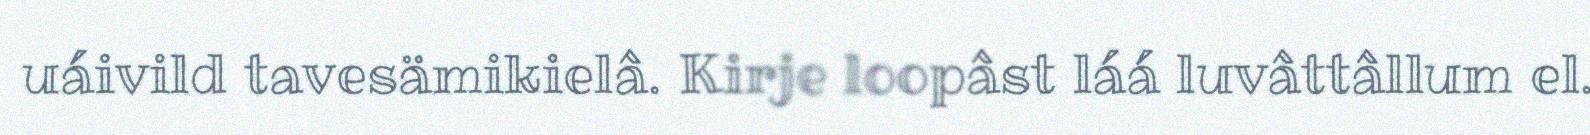
uáivild tavesämikielâ. Kirje loopâst láá luvâttâllum el.